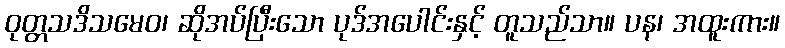
ဝုတ္တသဒိသမေဝ၊ ဆိုအပ်ပြီးသော ပုဒ်အပေါင်းနှင့် တူသည်သာ။ ပန၊ အထူးကား။